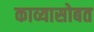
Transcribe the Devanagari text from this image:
काव्यासोबत